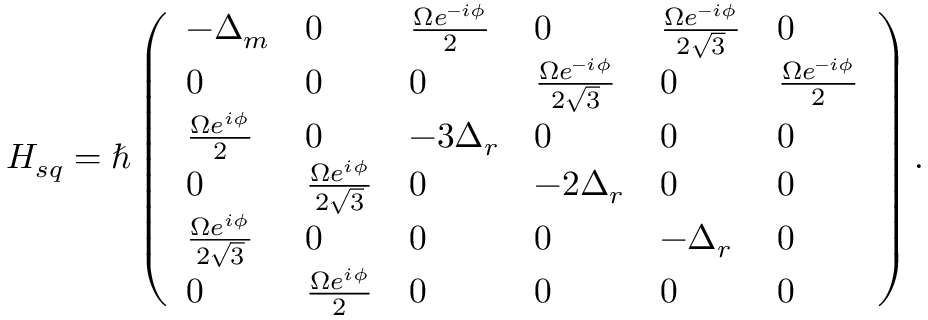
H _ { s q } = \hbar \left( \begin{array} { l l l l l l } { - \Delta _ { m } } & { 0 } & { \frac { \Omega e ^ { - i \phi } } { 2 } } & { 0 } & { \frac { \Omega e ^ { - i \phi } } { 2 \sqrt { 3 } } } & { 0 } \\ { 0 } & { 0 } & { 0 } & { \frac { \Omega e ^ { - i \phi } } { 2 \sqrt { 3 } } } & { 0 } & { \frac { \Omega e ^ { - i \phi } } { 2 } } \\ { \frac { \Omega e ^ { i \phi } } { 2 } } & { 0 } & { - 3 \Delta _ { r } } & { 0 } & { 0 } & { 0 } \\ { 0 } & { \frac { \Omega e ^ { i \phi } } { 2 \sqrt { 3 } } } & { 0 } & { - 2 \Delta _ { r } } & { 0 } & { 0 } \\ { \frac { \Omega e ^ { i \phi } } { 2 \sqrt { 3 } } } & { 0 } & { 0 } & { 0 } & { - \Delta _ { r } } & { 0 } \\ { 0 } & { \frac { \Omega e ^ { i \phi } } { 2 } } & { 0 } & { 0 } & { 0 } & { 0 } \end{array} \right) .